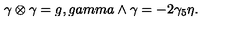
\gamma \otimes \gamma = g , g a m m a \wedge \gamma = - 2 \gamma _ { 5 } \eta .